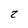
Character: 2